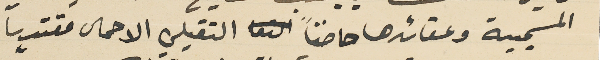
المسيحية وعقائدها حاضناً التقيلي الاحمال مقتدياً